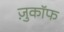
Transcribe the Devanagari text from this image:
ज़ुकाॅफ